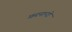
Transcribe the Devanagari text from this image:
फ़रनान्दो